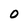
Character: O